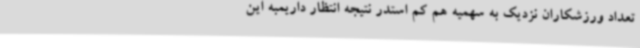
تعداد ورزشکاران نزدیک به سهمیه هم کم استدر نتیجه انتظار داریمبه این